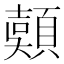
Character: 𩔄